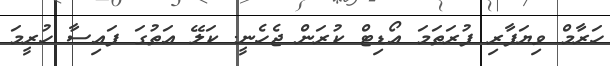
ހަރާމް ވިޔަފާރި ފުރަތަމަ އޯޑިޓް ކުރަން ޖެހެނީ. ކަލޭ އަތުގަ ފައިސާ ހުރީމަ